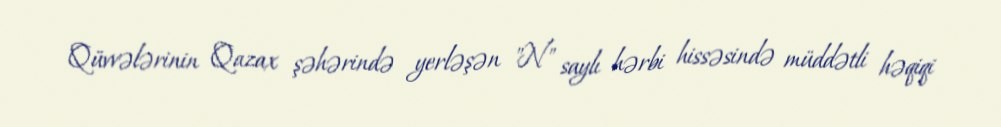
Qüvvələrinin Qazax şəhərində yerləşən "N" saylı hərbi hissəsində müddətli həqiqi